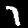
Digit: 7